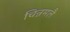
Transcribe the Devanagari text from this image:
चिन्नमलै